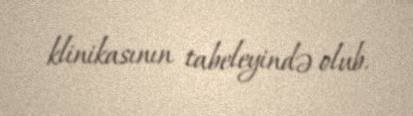
klinikasının tabeleyində olub.